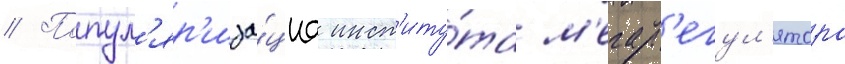
// Попул'яр'иза́циа инст'иту́та м'егар'егул'ятора